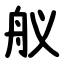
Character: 舣